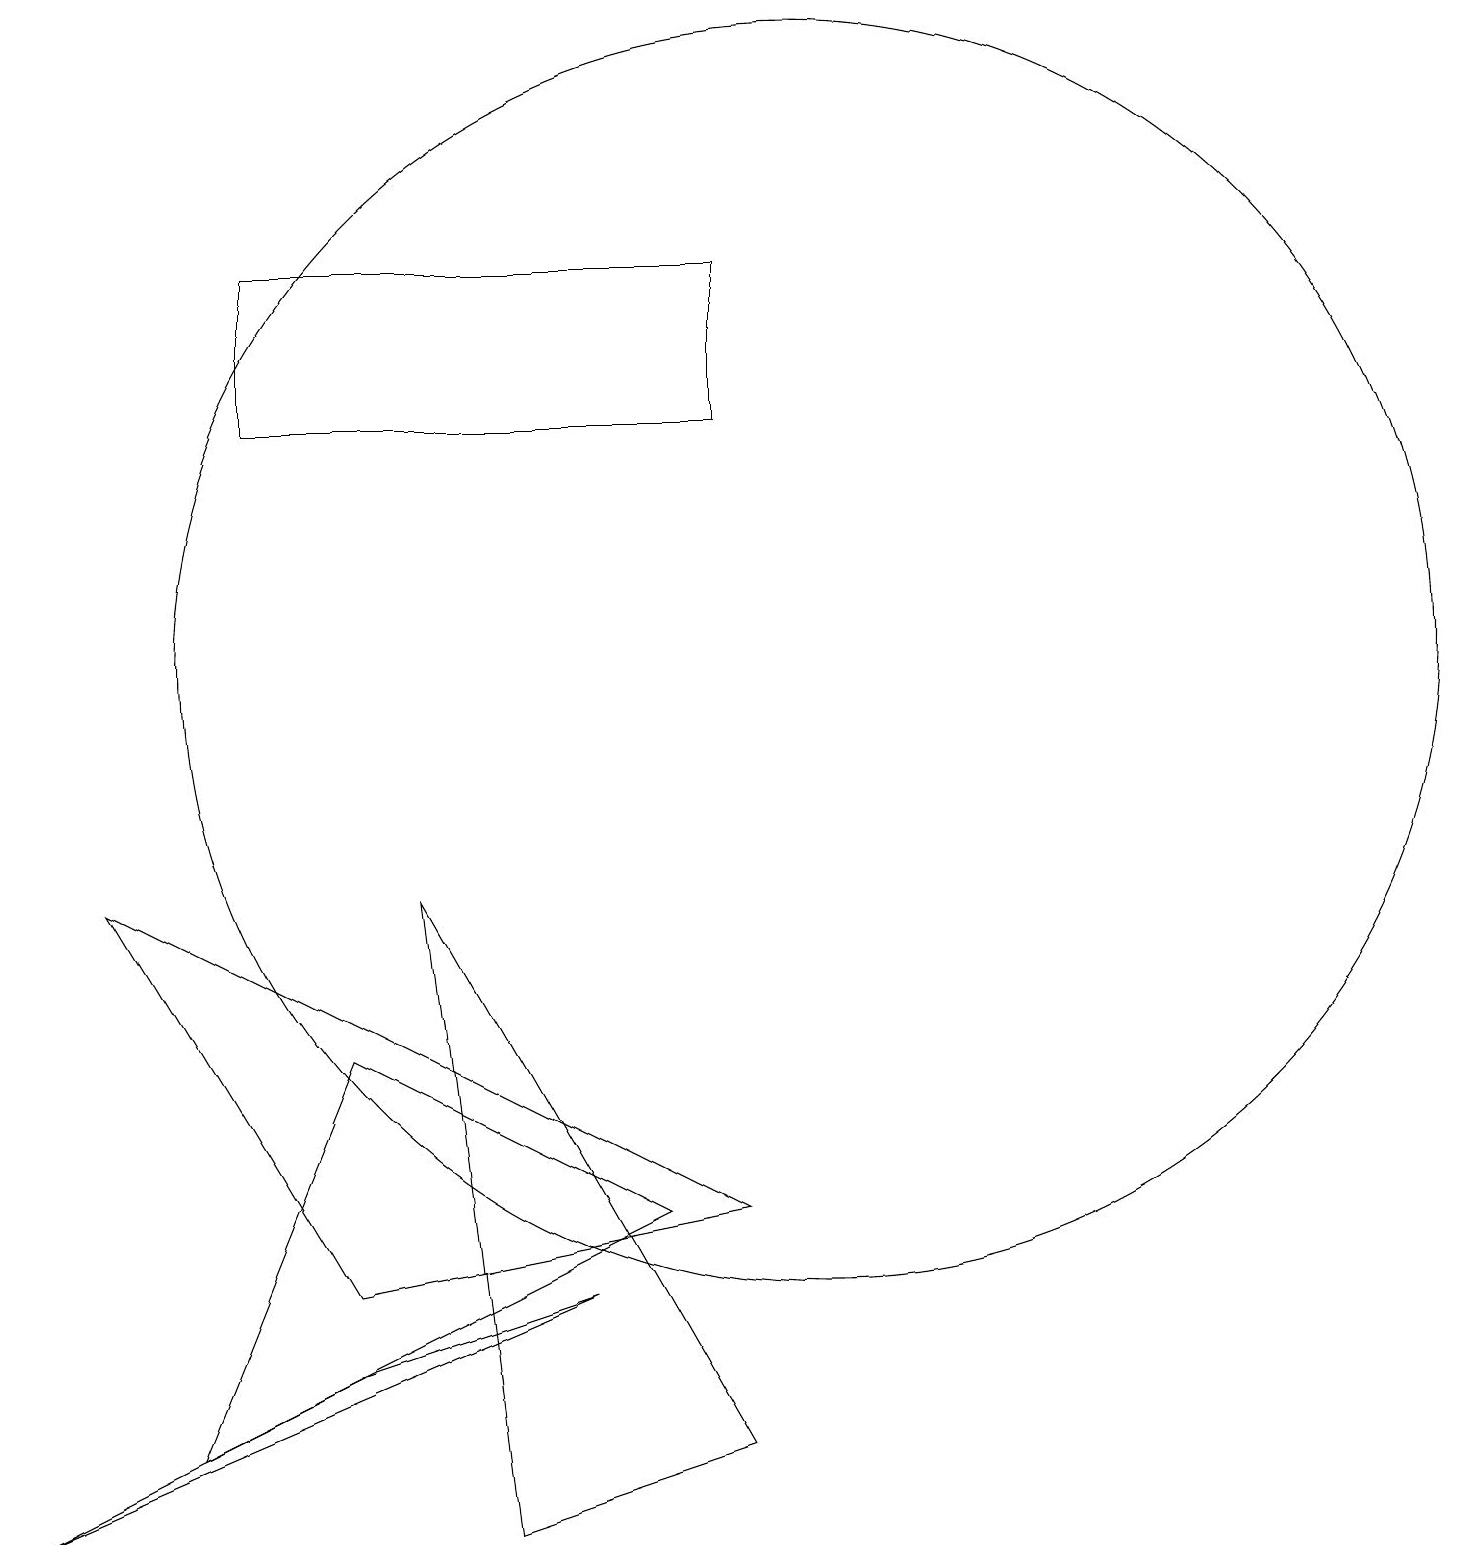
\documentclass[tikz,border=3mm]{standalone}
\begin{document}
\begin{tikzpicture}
\draw (4,2) -- (0,0) -- (7,3) -- cycle;
\draw (8,4) -- (4,6) -- (2,1) -- cycle;
\draw (9,1) -- (5,8) -- (6,0) -- cycle;
\draw (10,11) circle (8);
\draw (4,3) -- (1,8) -- (9,4) -- cycle;
\draw (9,14) rectangle (3,16);
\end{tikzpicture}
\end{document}